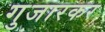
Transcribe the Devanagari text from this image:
गुजारकर